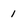
Character: 1